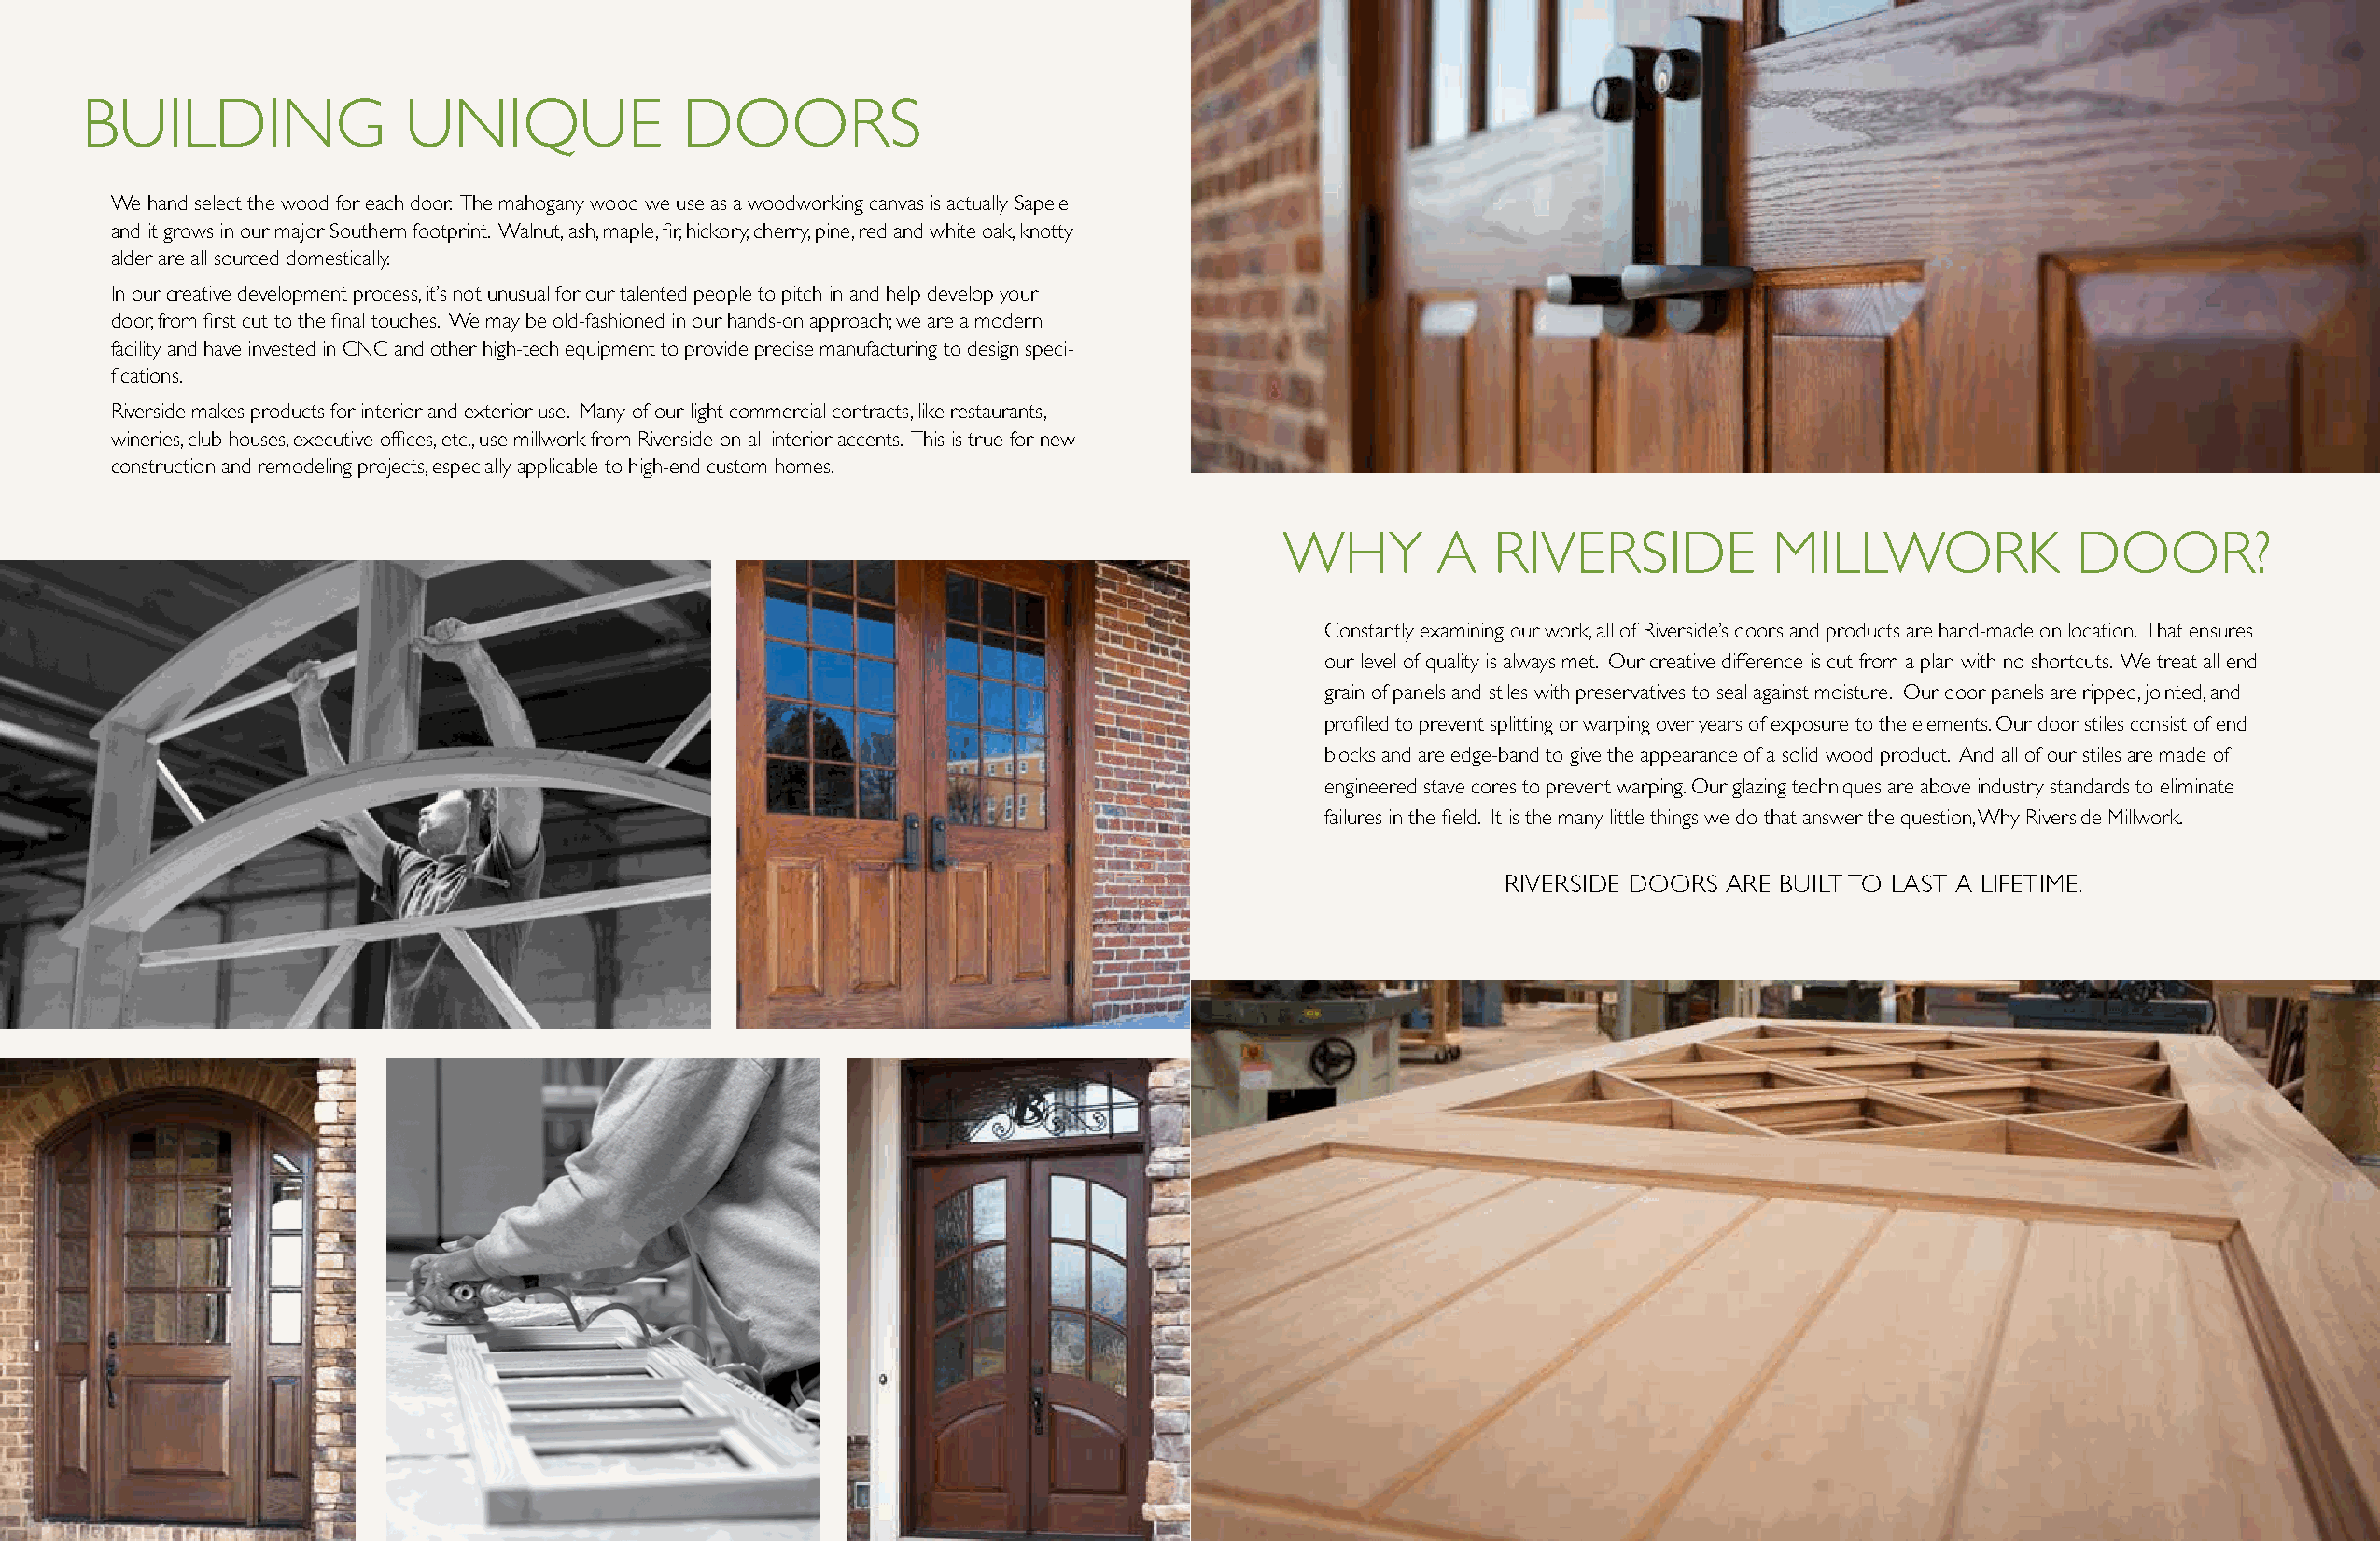
BuIldIng               unIquE             dOOrs
 We hand select the wood for each door. the mahogany wood we use as a woodworking canvas is actually sapele
 and it grows in our major Southern footprint. Walnut, ash, maple, fir, hickory, cherry, pine, red and white oak, knotty
 alder are all sourced domestically.
 In our creative development process, it’s not unusual for our talented people to pitch in and help develop your
 door, from first cut to the final touches. We may be old-fashioned in our hands-on approach; we are a modern
 facility and have invested in CnC and other high-tech equipment to provide precise manufacturing to design speci-
 fications.
 riverside makes products for interior and exterior use. Many of our light commercial contracts, like restaurants,
 wineries, club houses, executive offices, etc., use millwork from Riverside on all interior accents. This is true for new
 construction and remodeling projects, especially applicable to high-end custom homes.
 Why        A   rIvErsIdE           MIllWOrk             dOOr?
 Constantly examining our work, all of riverside’s doors and products are hand-made on location. that ensures
 our level of quality is always met. Our creative difference is cut from a plan with no shortcuts. We treat all end
 grain of panels and stiles with preservatives to seal against moisture. Our door panels are ripped, jointed, and
 profiled to prevent splitting or warping over years of exposure to the elements. Our door stiles consist of end
 blocks and are edge-band to give the appearance of a solid wood product. And all of our stiles are made of
 engineered stave cores to prevent warping. Our glazing techniques are above industry standards to eliminate
 failures in the field. It is the many little things we do that answer the question, Why Riverside Millwork.
 rIvErsIdE dOOrs ArE BuIlt tO lAst A lIFEtIME.